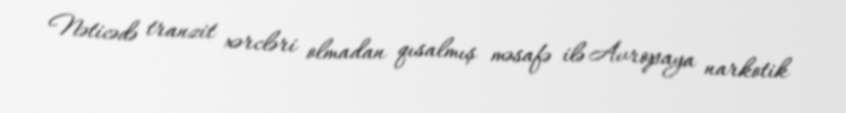
Nəticədə tranzit xərcləri olmadan qısalmış məsafə ilə Avropaya narkotik